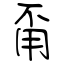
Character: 甭